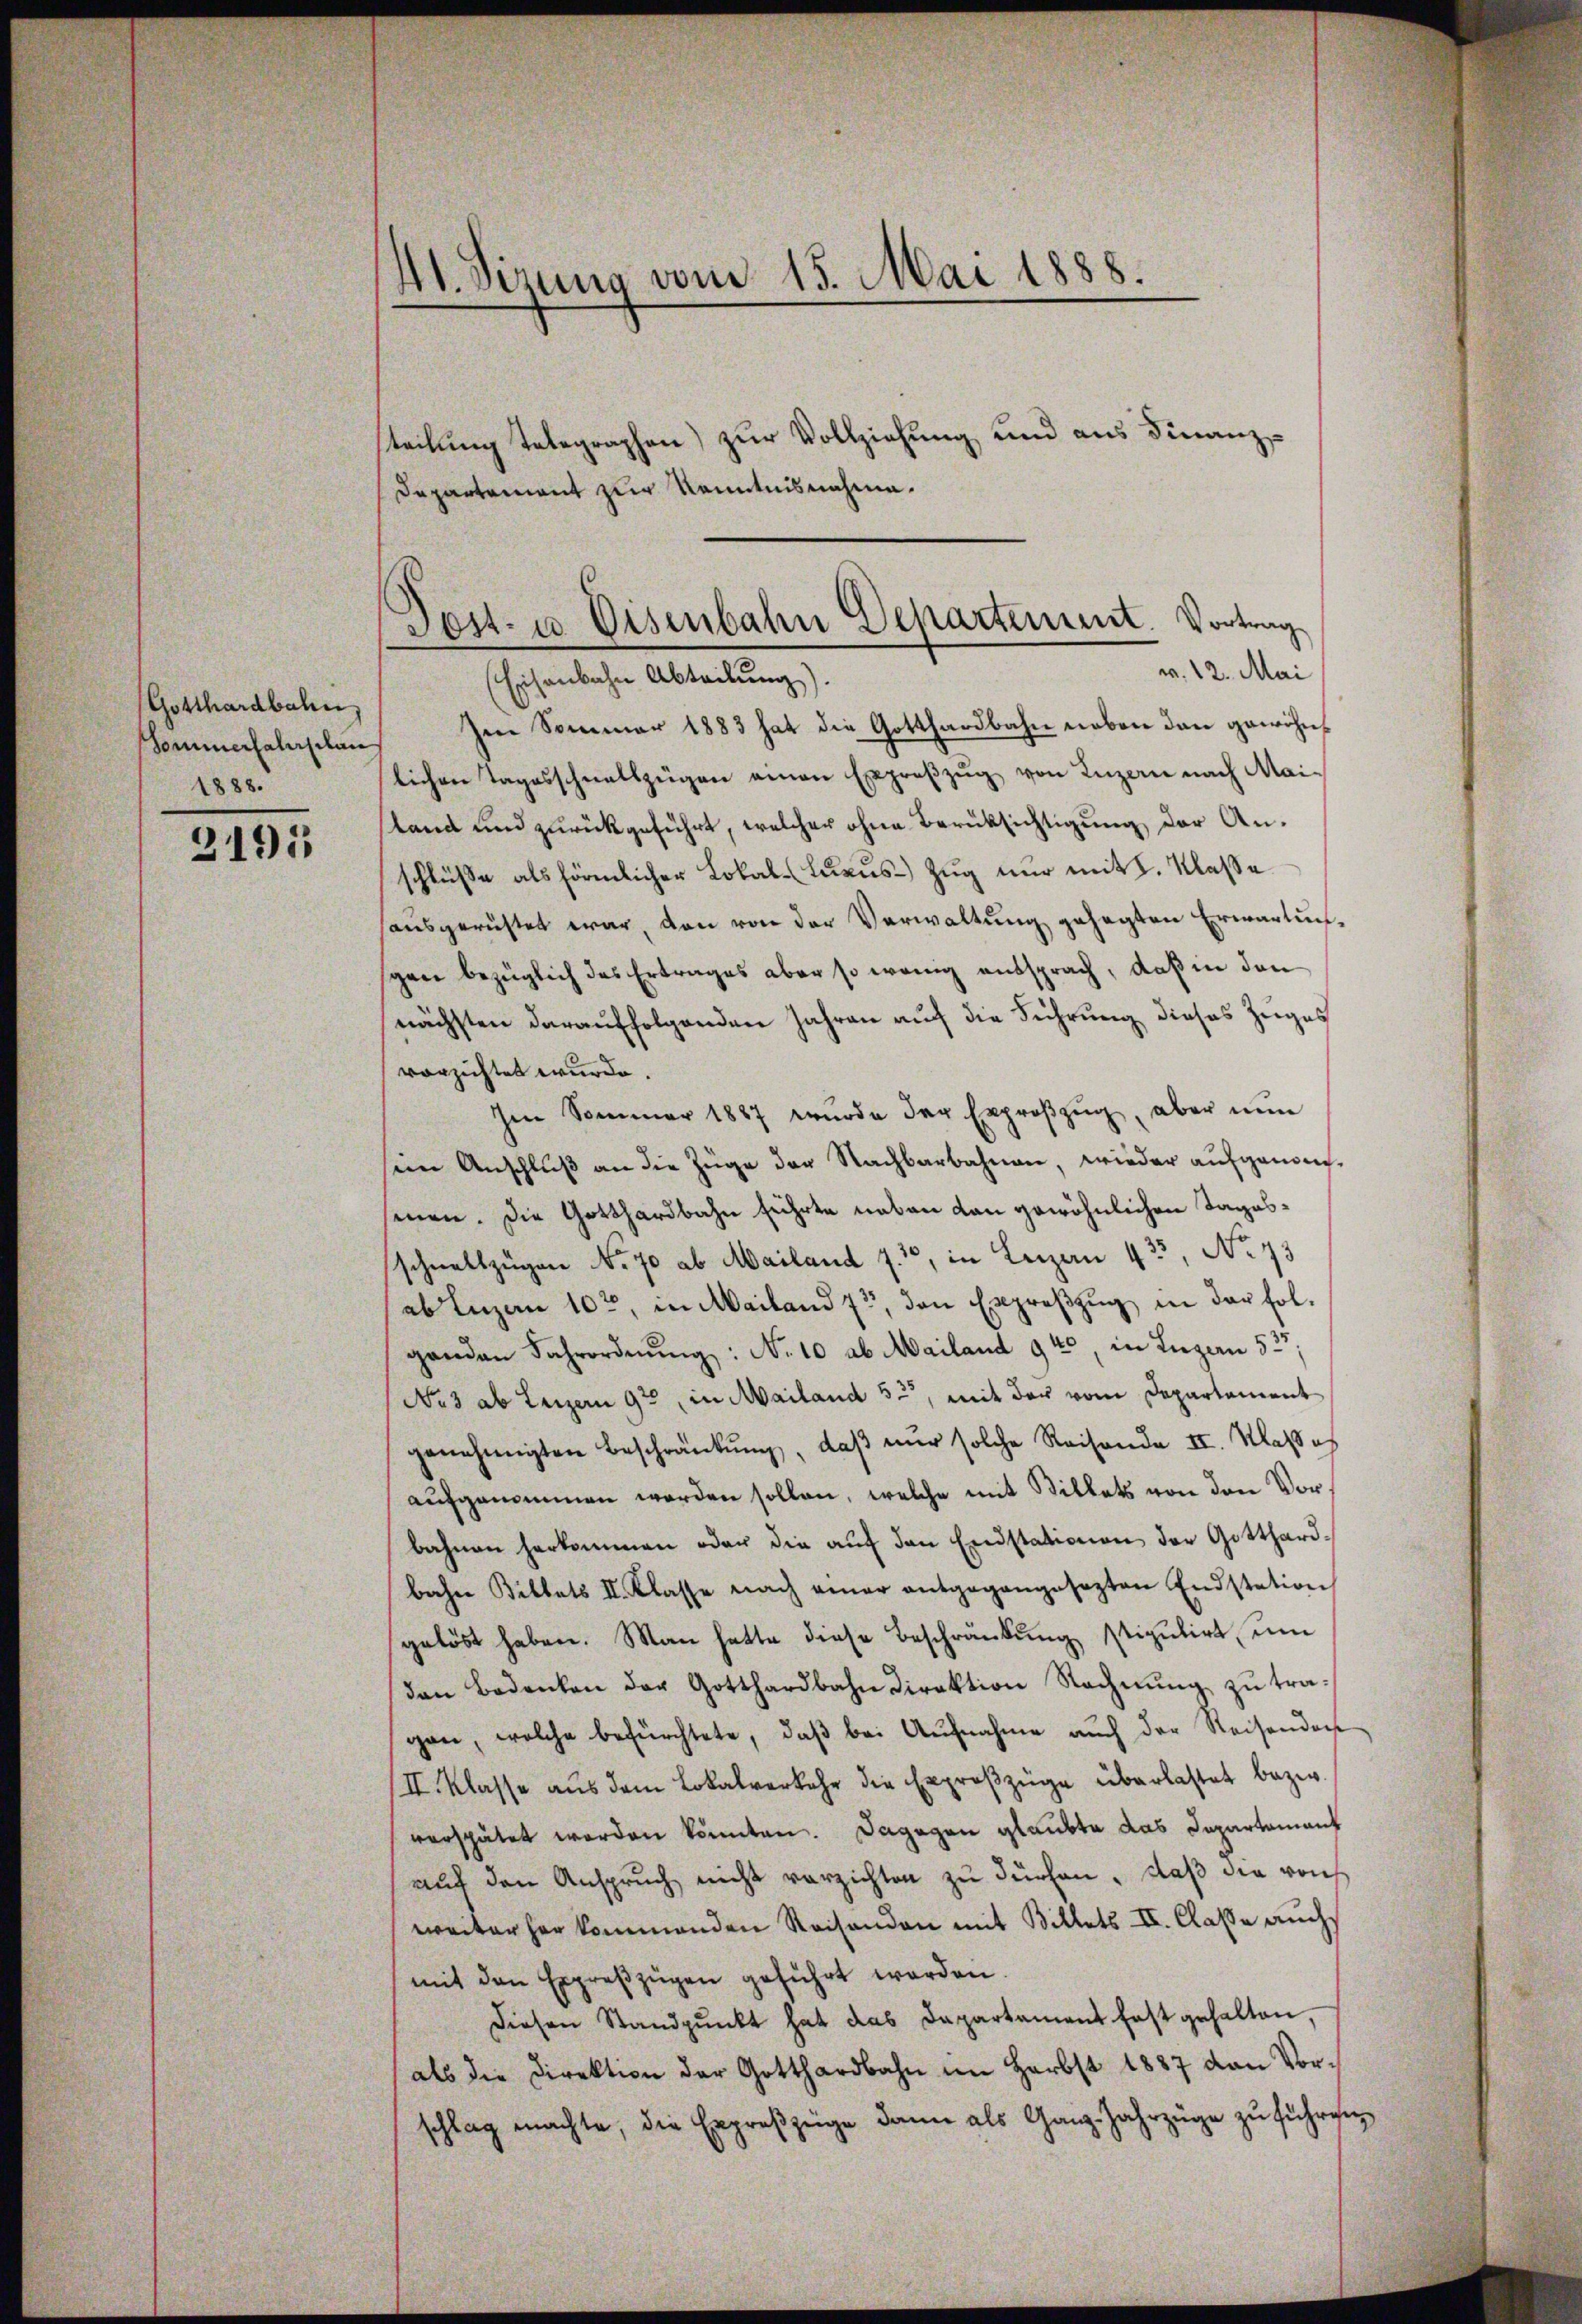
Gotthardbahn
Sommerfahrelais
1888.

2195

4. Sizung vom 15. Mai 1888.

teilung telegraphen zur Vollziehung und aus Finanz¬
Departement zur Kenntnisnahme.
Eisenbahn Abteilung).
Im Sommer 1883 hat die Gotthardbahn neben den gewöhnlichen Tagesschnellzügen einen Exproβzŭg von Luzern nach Mailand und zurückgeführt, welcher ohne Berüksichtigung der Anschlüße als förmlicher Lokal-Luxus Zug nur mit 2. Klaße
haŭsgerüstet war, den von der Verwaltung gesagten Erwartunsgen bezüglich das Ertrages aber so wenig aussprach, daß in den
nächsten darauffolgenden Jahren auf die Führung dieses Zuges
vorzichtet wurde.
Im Sommer 1887 wurde der Exproszug, aber nun
sein Anschlŭβ an die Züge der Nachbarbahnen, wieder aufgenommen. Die Gotthardbahn führte neben dan gewöhnlichen Tagesschnellzügen No. 70 ab Mailand 7. 30, in Luzern 433, No 73
ab Inzan 10t, in Mailand 7, den Expreßzug, in der folganden Fahrordnŭng: No 10 ab Mailand 940, in Luzern 523
No 3 ab Luzern 92, in Mailand 5., mit der vom Departament
genehmigten Beschränkung, daβ nŭr solche Reisende II. Klass es
aufgenommen werden sollen, welche mit Billets von den Vorbahnen herkommen oder die aŭf den Endstationen, der Gotthardbahn Billets II. Klasse nach einer entgegangesezten Endstation
gelöst haben. Man hatte diese Beschränkung stipulirt, um
den Bedenken der Gotthardbahn Direktion Rechnung zu tragan, welche befürchtete, daβ bei Aŭfnahme auch der Reisendoch
II. Klasse aus dem Lokalverkehr die Exproβzüge überlastet bezw.
verspätet werden könnten. Dagegen glaubte das Departamant
auf den Anspruch nicht verzichten zu dürfen, daß die von
weiter her kommenden Reisenden mit Billets II. Classe auchs
mit den Expreszügen geführt werden.
diesen Standpŭnkt hat das Dapartament fast gehalten,
als die Direktion der Gotthardbahn im Herbst 1887 den Vorschlag machte, die Erpreszeige dann als Ganz Jahrzüge zu führen

Post- u Eisenbahn Departement. Vortrag
v. 12. Mai